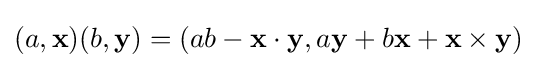
(a,\mathbf {x} )(b,\mathbf {y} )=(ab-\mathbf {x} \cdot \mathbf {y} ,a\mathbf {y} +b\mathbf {x} +\mathbf {x} \times \mathbf {y} )